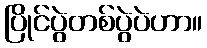
ပြိုင်ပွဲတစ်ပွဲပဲဟာ။